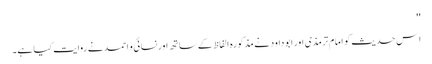
''
اِس حدیث کو امام ترمذی اور ابو داود نے مذکورہ الفاظ کے ساتھ اور نسائی و احمد نے روایت کیا ہے۔